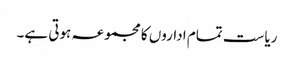
ریاست تمام اداروں کا مجموعہ ہوتی ہے۔